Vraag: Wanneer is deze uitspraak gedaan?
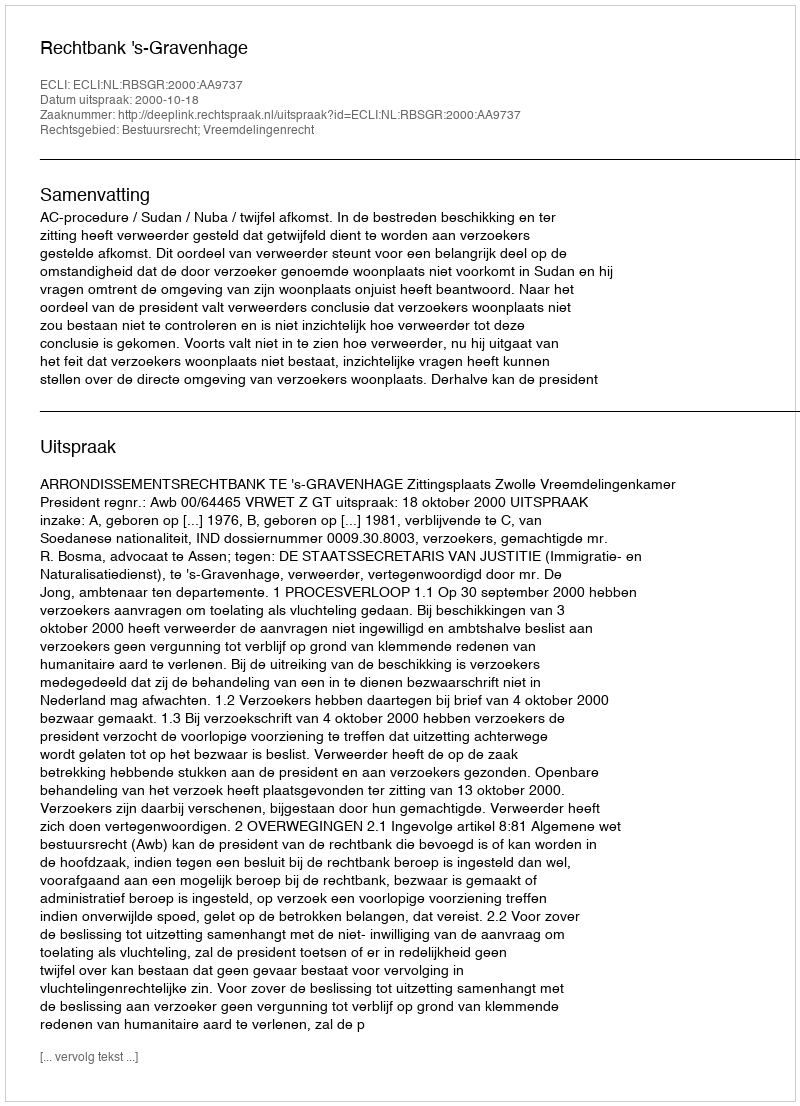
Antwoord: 2000-10-18